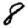
Digit: 8